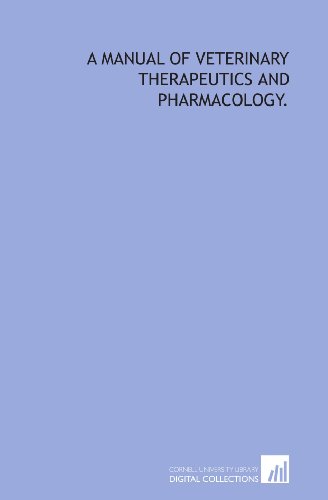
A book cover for A manual of veterinary therapeutics and pharmacology.; E. Wallis (Edward Wallis) Hoare; Medical Books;